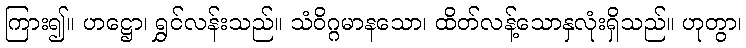
ကြား၍။ ဟဋ္ဌော၊ ရွှင်လန်းသည်။ သံဝိဂ္ဂမာနသော၊ ထိတ်လန့်သောနှလုံးရှိသည်။ ဟုတွာ၊